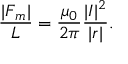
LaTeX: { \frac { | { \boldsymbol { F } } _ { m } | } { L } } = { \frac { \mu _ { 0 } } { 2 \pi } } { \frac { | { \boldsymbol { I } } | ^ { 2 } } { | { \boldsymbol { r } } | } } .